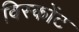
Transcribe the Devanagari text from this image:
विस्कोंट